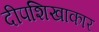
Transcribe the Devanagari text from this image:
दीपशिखाकार